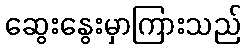
ဆွေးနွေးမှာကြားသည်